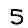
Digit: 5